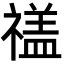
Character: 𮂕